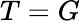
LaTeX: T=G